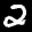
Label: 2